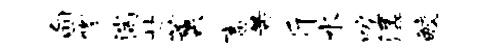
甸修湍甘薰畜芾斤水唳潺鲛